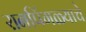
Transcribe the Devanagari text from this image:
रानपिंगळ्याचे